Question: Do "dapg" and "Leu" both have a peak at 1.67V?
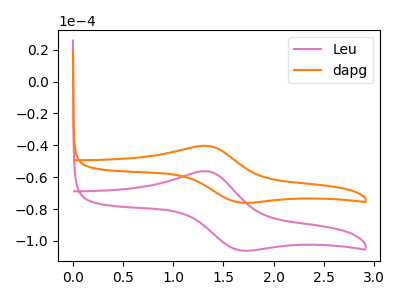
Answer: <think>The pink curve "Leu" has an anodic peak at (1.35V, -56.30uA) and a cathodic peak at (1.65V, -105.85uA). The orange curve "dapg" has an anodic peak at (1.35V, -40.35uA) and a cathodic peak at (1.65V, -75.90uA).</think>
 <answer>Yes, "dapg" and "Leu" share a peak at 1.67V.</answer>
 <eval>match</eval>